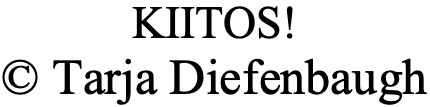
KIITOS! © Tarja Diefenbaugh